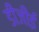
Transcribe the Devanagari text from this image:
डीजीई